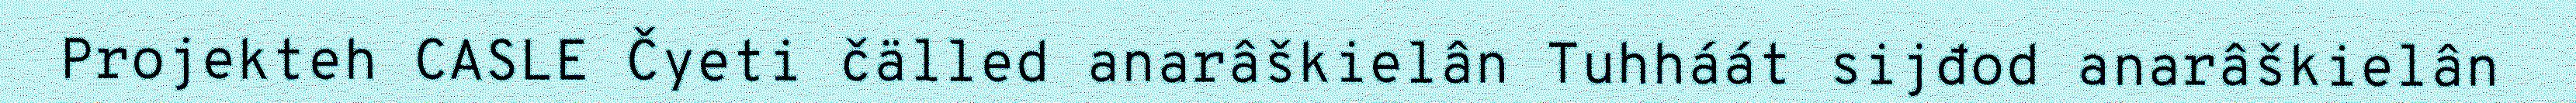
Projekteh CASLE Čyeti čälled anarâškielân Tuhháát sijđod anarâškielân